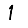
Digit: 1